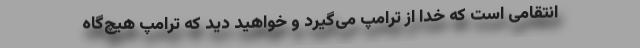
انتقامی است که خدا از ترامپ می‌گیرد و خواهید دید که ترامپ هیچ‌گاه